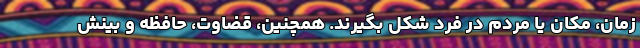
زمان، مکان یا مردم در فرد شکل بگیرند. همچنین، قضاوت، حافظه و بینش